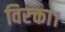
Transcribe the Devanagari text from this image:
विरक्ता।